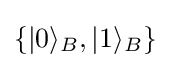
\{|0\rangle _{B},|1\rangle _{B}\}